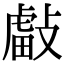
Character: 𢿊